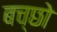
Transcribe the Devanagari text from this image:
बच्छो